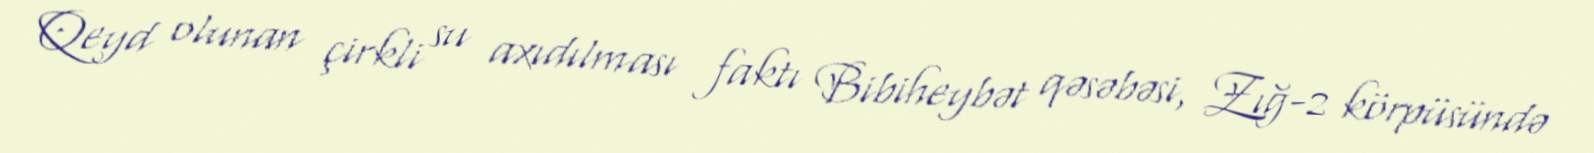
Qeyd olunan çirkli su axıdılması faktı Bibiheybət qəsəbəsi, Zığ-2 körpüsündə